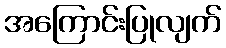
အကြောင်းပြုလျက်